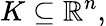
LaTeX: K\subseteq\mathbb{R}^{n},